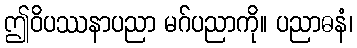
ဤဝိပဿနာပညာ မဂ်ပညာကို။ ပညာဓနံ၊